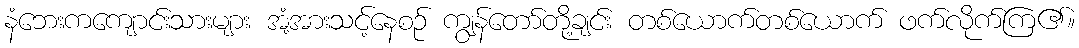
နံဘေးကကျောင်းသားများ အံ့အားသင့်နေစဉ် ကျွန်တော်တို့ချင်း တစ်ယောက်တစ်ယောက် ဖက်လိုက်ကြ၏။